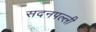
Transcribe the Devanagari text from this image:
सदनपल्ली